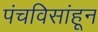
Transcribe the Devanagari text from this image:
पंचविसांहून